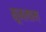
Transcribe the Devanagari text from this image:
सूजलाम